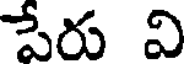
పేరు వి